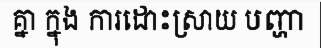
គ្នា ក្នុង ការដោះស្រាយ បញ្ហា